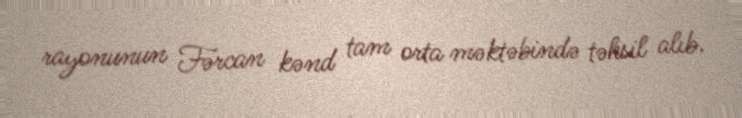
rayonunun Fərcan kənd tam orta məktəbində təhsil alıb.